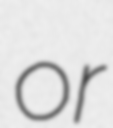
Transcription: or